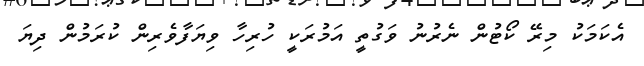
އެކަމަކު މިރޭ ކޯޓުން ނެރުނު ވަގުތީ އަމުރަކީ ހުރިހާ ވިޔަފާވެރިން ކުރަމުން ދިޔަ